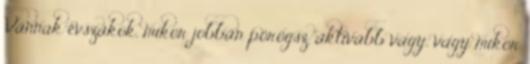
Vannak évszakok, mikor jobban pörögsz, aktívabb vagy, vagy mikor